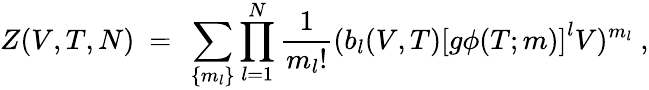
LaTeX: Z(V,T,N)~=~\sum_{\{ m_{l}\} }\prod_{l=1}^{N}\frac{1}{m_{l}!}(b_{l}(V,T)\left[g\phi(T;m)\right]^{l}V)^{m_{l}}~,